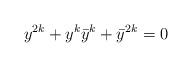
LaTeX: \begin{align*} y^{2k}+y^k\bar{y}^k+\bar{y}^{2k}=0\end{align*}